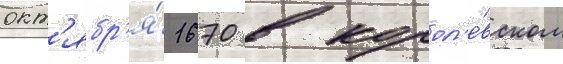
окт'ябр'я́ 1670 в корол'е́вском